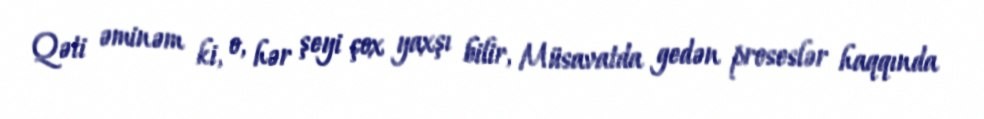
Qəti əminəm ki, o, hər şeyi çox yaxşı bilir, Müsavatda gedən proseslər haqqında